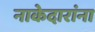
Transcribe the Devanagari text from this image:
नाकेदारांना